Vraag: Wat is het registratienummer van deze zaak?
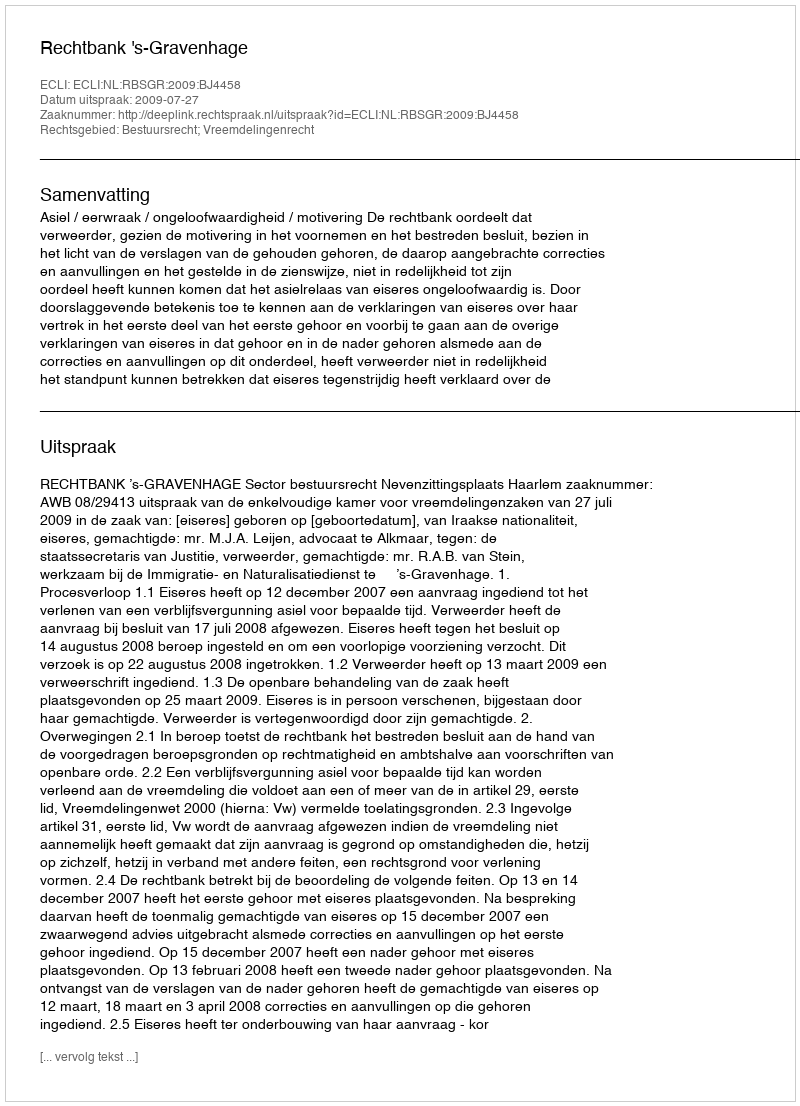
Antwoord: http://deeplink.rechtspraak.nl/uitspraak?id=ECLI:NL:RBSGR:2009:BJ4458